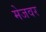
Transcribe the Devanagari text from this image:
मेजवर